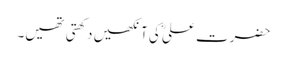
حضرت علیؓ کی آنکھیں دکھتی تھیں۔